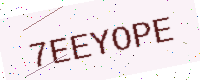
Text: 7EEYOPE